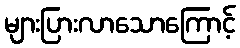
များပြားလာသောကြောင့်